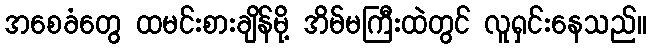
အစေခံတွေ ထမင်းစားချိန်မို့ အိမ်မကြီးထဲတွင် လူရှင်းနေသည်။